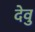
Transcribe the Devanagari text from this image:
देवु